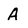
Character: A